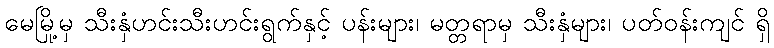
မေမြို့မှ သီးနှံဟင်းသီးဟင်းရွက်နှင့် ပန်းများ၊ မတ္တရာမှ သီးနှံများ၊ ပတ်ဝန်းကျင် ရှိ